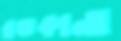
রঙকানা